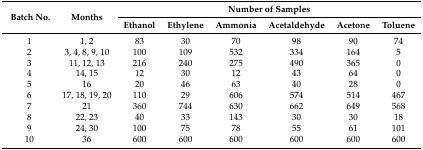
| <ROWSPAN=2> Batch No. | <ROWSPAN=2> Months | <COLSPAN=6> Number of Samples |
 | Ethanol | Ethylene | Ammonia | Acetaldehyde | Acetone | Toluene |
 | --- | --- | --- | --- | --- | --- | --- | --- |
 | 1 | 1, 2 | 83 | 30 | 70 | 98 | 90 | 74 |
 | 2 | 3, 4, 8, 9, 10 | 100 | 109 | 532 | 334 | 164 | 5 |
 | 3 | 11, 12, 13 | 216 | 240 | 275 | 490 | 365 | 0 |
 | 4 | 14, 15 | 12 | 30 | 12 | 43 | 64 | 0 |
 | 5 | 16 | 20 | 46 | 63 | 40 | 28 | 0 |
 | 6 | 17, 18, 19, 20 | 110 | 29 | 606 | 574 | 514 | 467 |
 | 7 | 21 | 360 | 744 | 630 | 662 | 649 | 568 |
 | 8 | 22, 23 | 40 | 33 | 143 | 30 | 30 | 18 |
 | 9 | 24, 30 | 100 | 75 | 78 | 55 | 61 | 101 |
 | 10 | 36 | 600 | 600 | 600 | 600 | 600 | 600 |